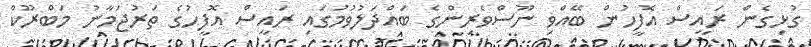
ގުޅިގެން ރައީސް އޮފީހުން ބޭއްވި ނޫސްވެރިންގެ ބައްދަލުވުމުގައި ރައީސް އޮފީހުގެ ތަރުޖަމާނު މަބްރޫކް